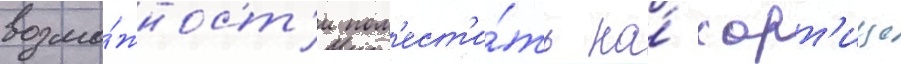
возмо́жност'и пом'ест'и́ть на́ хорт'ице